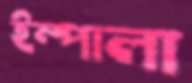
ইম্পালা